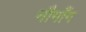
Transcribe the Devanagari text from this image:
नौगाँग